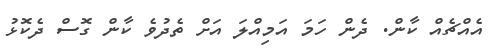
އެއްޗެއް ކާން. ދެން ހަމަ އަމިއްލަ އަށް ތެދުވެ ކާން ގޮސް ދެކޮޅު